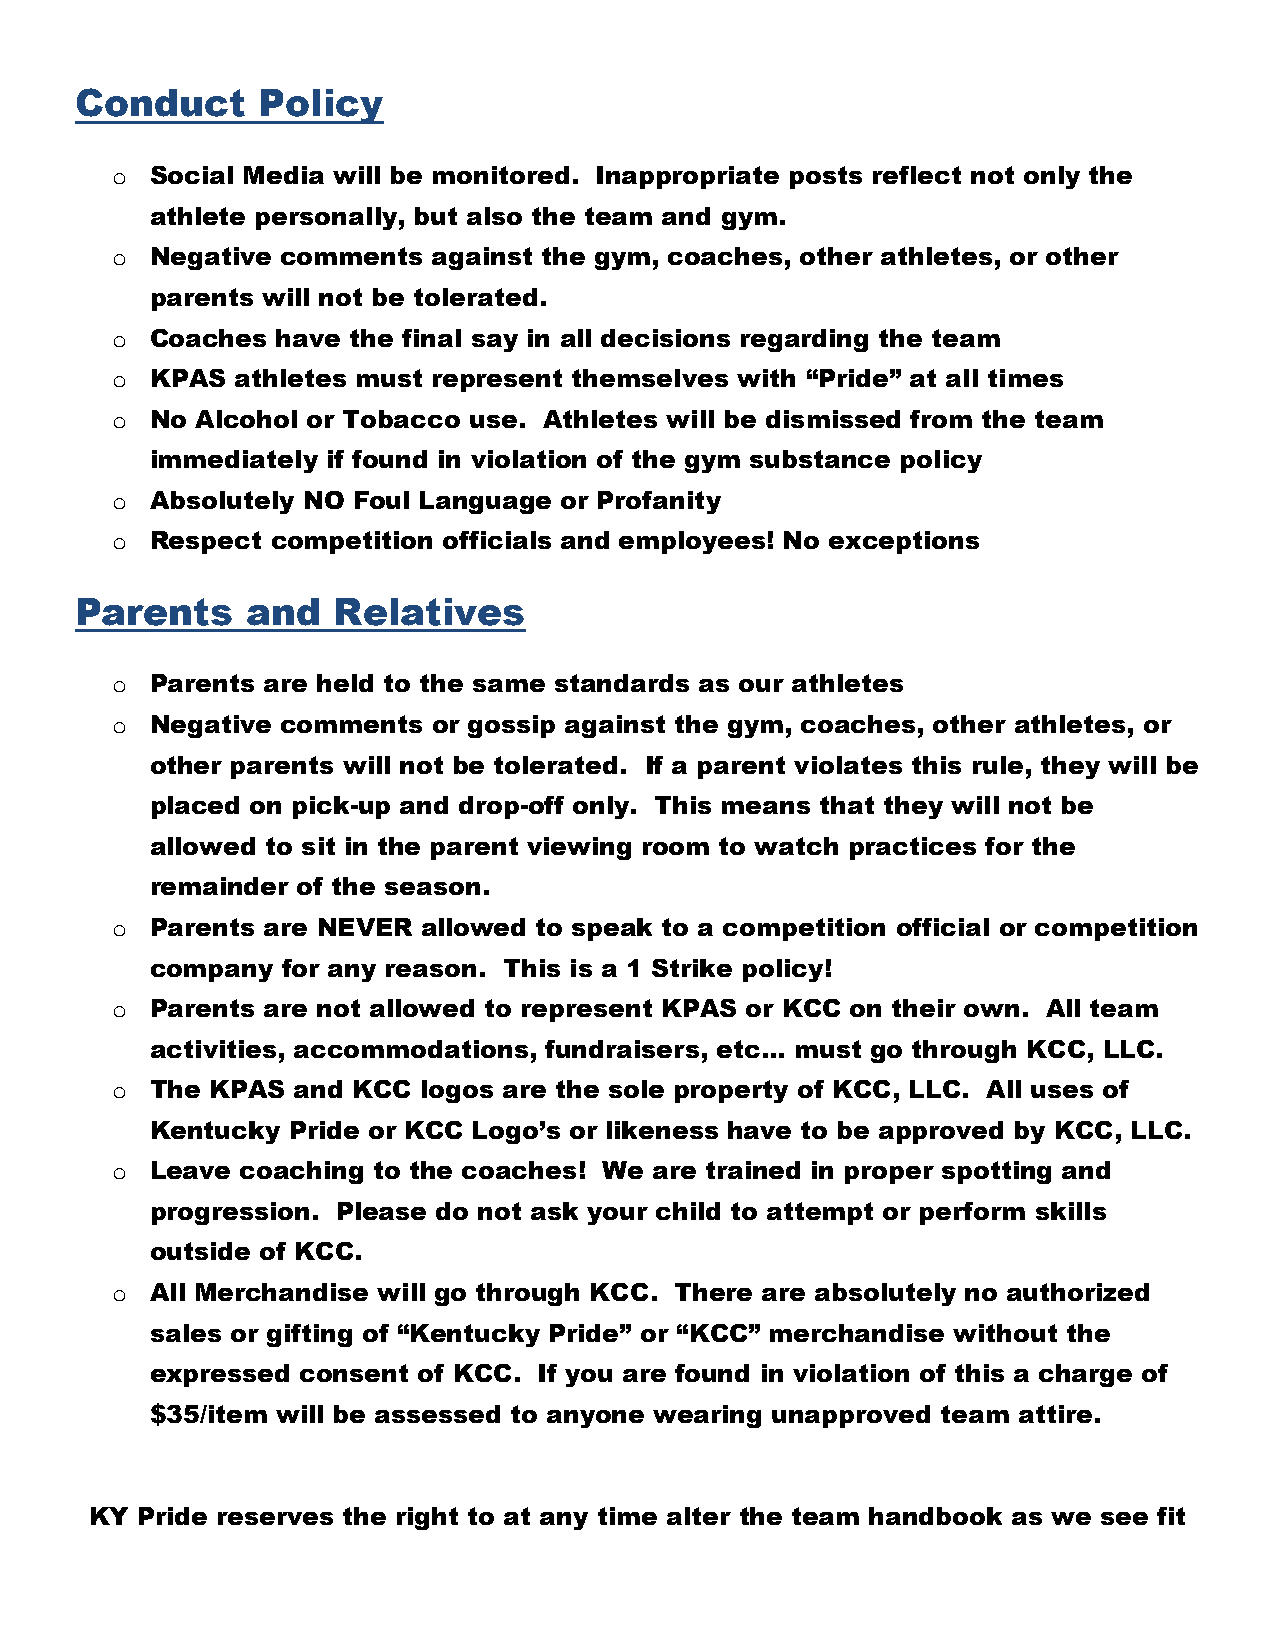
Conduct     Policy
 o  Social Media will be monitored. Inappropriate posts reflect not only the
 athlete personally, but also the team and gym.
 o  Negative comments  against the gym, coaches, other athletes, or other
 parents will not be tolerated.
 o  Coaches have the final say in all decisions regarding the team
 o  KPAS  athletes must represent themselves with “Pride” at all times
 o  No Alcohol or Tobacco use. Athletes will be dismissed from the team
 immediately if found in violation of the gym substance policy
 o  Absolutely NO Foul Language or Profanity
 o  Respect competition officials and employees! No exceptions
 Parents    and   Relatives
 o  Parents are held to the same standards as our athletes
 o  Negative comments  or gossip against the gym, coaches, other athletes, or
 other parents will not be tolerated. If a parent violates this rule, they will be
 placed on pick-up and drop-off only. This means that they will not be
 allowed to sit in the parent viewing room to watch practices for the
 remainder of the season.
 o  Parents are NEVER allowed to speak to a competition official or competition
 company  for any reason. This is a 1 Strike policy!
 o  Parents are not allowed to represent KPAS or KCC on their own. All team
 activities, accommodations, fundraisers, etc… must go through KCC, LLC.
 o  The KPAS and KCC  logos are the sole property of KCC, LLC. All uses of
 Kentucky Pride or KCC Logo’s or likeness have to be approved by KCC, LLC.
 o  Leave coaching to the coaches! We are trained in proper spotting and
 progression. Please do not ask your child to attempt or perform skills
 outside of KCC.
 o  All Merchandise will go through KCC. There are absolutely no authorized
 sales or gifting of “Kentucky Pride” or “KCC” merchandise without the
 expressed consent of KCC. If you are found in violation of this a charge of
 $35/item will be assessed to anyone wearing unapproved team attire.
 KY Pride reserves the right to at any time alter the team handbook as we see fit